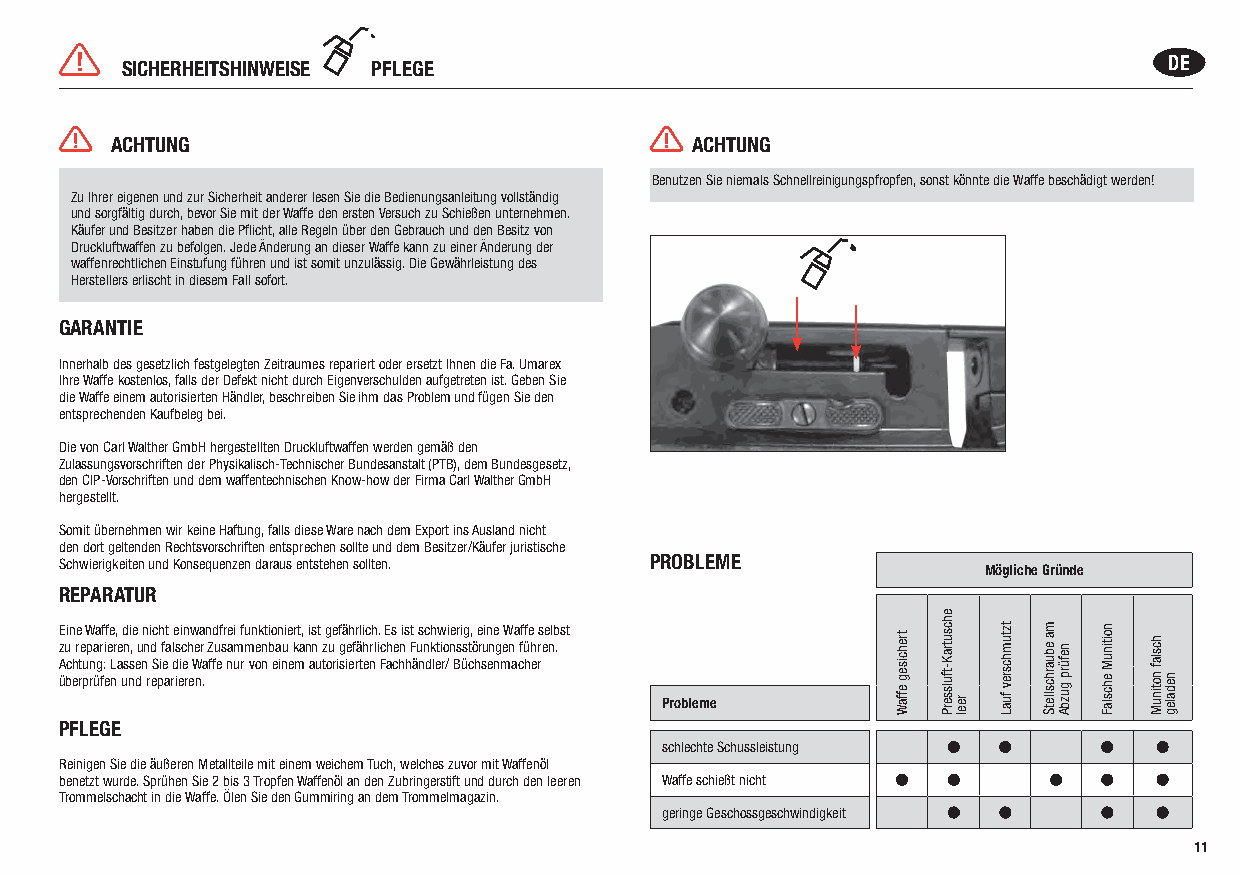
SICHERHEITSHINWEISE PFLEGE                                           DE
 ACHTUNG                                ACHTUNG
 Benutzen Sie niemals Schnellreinigungspfropfen, sonst könnte die Waffe beschädigt werden!
 Zu Ihrer eigenen und zur Sicherheit anderer lesen Sie die Bedienungsanleitung vollständig
 und sorgfältig durch, bevor Sie mit der Waffe den ersten Versuch zu Schießen unternehmen.
 Käufer und Besitzer haben die Pflicht, alle Regeln über den Gebrauch und den Besitz von
 Druckluftwaffen zu befolgen. Jede Änderung an dieser Waffe kann zu einer Änderung der
 waffenrechtlichen Einstufung führen und ist somit unzulässig. Die Gewährleistung des
 Herstellers erlischt in diesem Fall sofort.
 GARANTIE
 Innerhalb des gesetzlich festgelegten Zeitraumes repariert oder ersetzt Ihnen die Fa. Umarex
 Ihre Waffe kostenlos, falls der Defekt nicht durch Eigenverschulden aufgetreten ist. Geben Sie
 die Waffe einem autorisierten Händler, beschreiben Sie ihm das Problem und fügen Sie den
 entsprechenden Kaufbeleg bei.
 Die von Carl Walther GmbH hergestellten Druckluftwaffen werden gemäß den
 Zulassungsvorschriften der Physikalisch-Technischer Bundesanstalt (PTB), dem Bundesgesetz,
 den CIP-Vorschriften und dem waffentechnischen Know-how der Firma Carl Walther GmbH
 hergestellt.
 Somit übernehmen wir keine Haftung, falls diese Ware nach dem Export ins Ausland nicht
 den dort geltenden Rechtsvorschriften entsprechen sollte und dem Besitzer/Käufer juristische
 Schwierigkeiten und Konsequenzen daraus entstehen sollten. PROBLEME Mögliche Gründe
 REPARATUR
 Eine Waffe, die nicht einwandfrei funktioniert, ist gefährlich. Es ist schwierig, eine Waffe selbst
 zu reparieren, und falscher Zusammenbau kann zu gefährlichen Funktionsstörungen führen.
 Achtung: Lassen Sie die Waffe nur von einem autorisierten Fachhändler/ Büchsenmacher
 überprüfen und reparieren.
 Probleme
 PFLEGE
 schlechte Schussleistung
 Reinigen Sie die äußeren Metallteile mit einem weichem Tuch, welches zuvor mit Waffenöl
 benetzt wurde. Sprühen Sie 2 bis 3 Tropfen Waffenöl an den Zubringerstift und durch den leeren Waffe schießt nicht
 Trommelschacht in die Waffe. Ölen Sie den Gummiring an dem Trommelmagazin.
 geringe Geschossgeschwindigkeit
 11
 trehciseg
 effaW
 ehcsutraK-tfulsserP
 reel
 tztumhcsrev
 fuaL
 ma
 ebuarhcslletS nefürp
 guzbA
 noitinuM
 ehcslaF
 hcslaf
 notinuM nedaleg